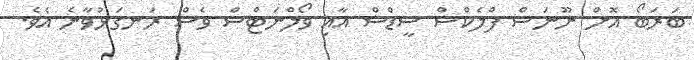
ބަރަބޯ އޮށް ނޫނަސް ފްލެކްސް ސީޑްސް އާއި ވޯލްނަޓްސް ވެސް ރަނގަޅުވާނެ އެވެ.